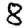
Digit: 8